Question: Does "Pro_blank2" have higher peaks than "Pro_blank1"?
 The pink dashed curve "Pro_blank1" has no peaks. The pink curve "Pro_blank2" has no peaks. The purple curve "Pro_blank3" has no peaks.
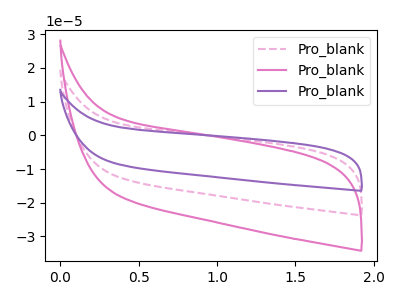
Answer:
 <answer>Niether CV has any peaks.</answer>
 <eval>blanks</eval>